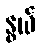
နွယ်